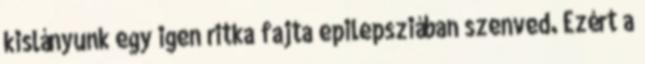
kislányunk egy igen ritka fajta epilepsziában szenved. Ezért a